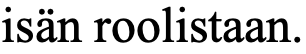
isän roolistaan.